38_143685_box7_Incident_Summaries_1-100
Agency: Department of War
Page 96
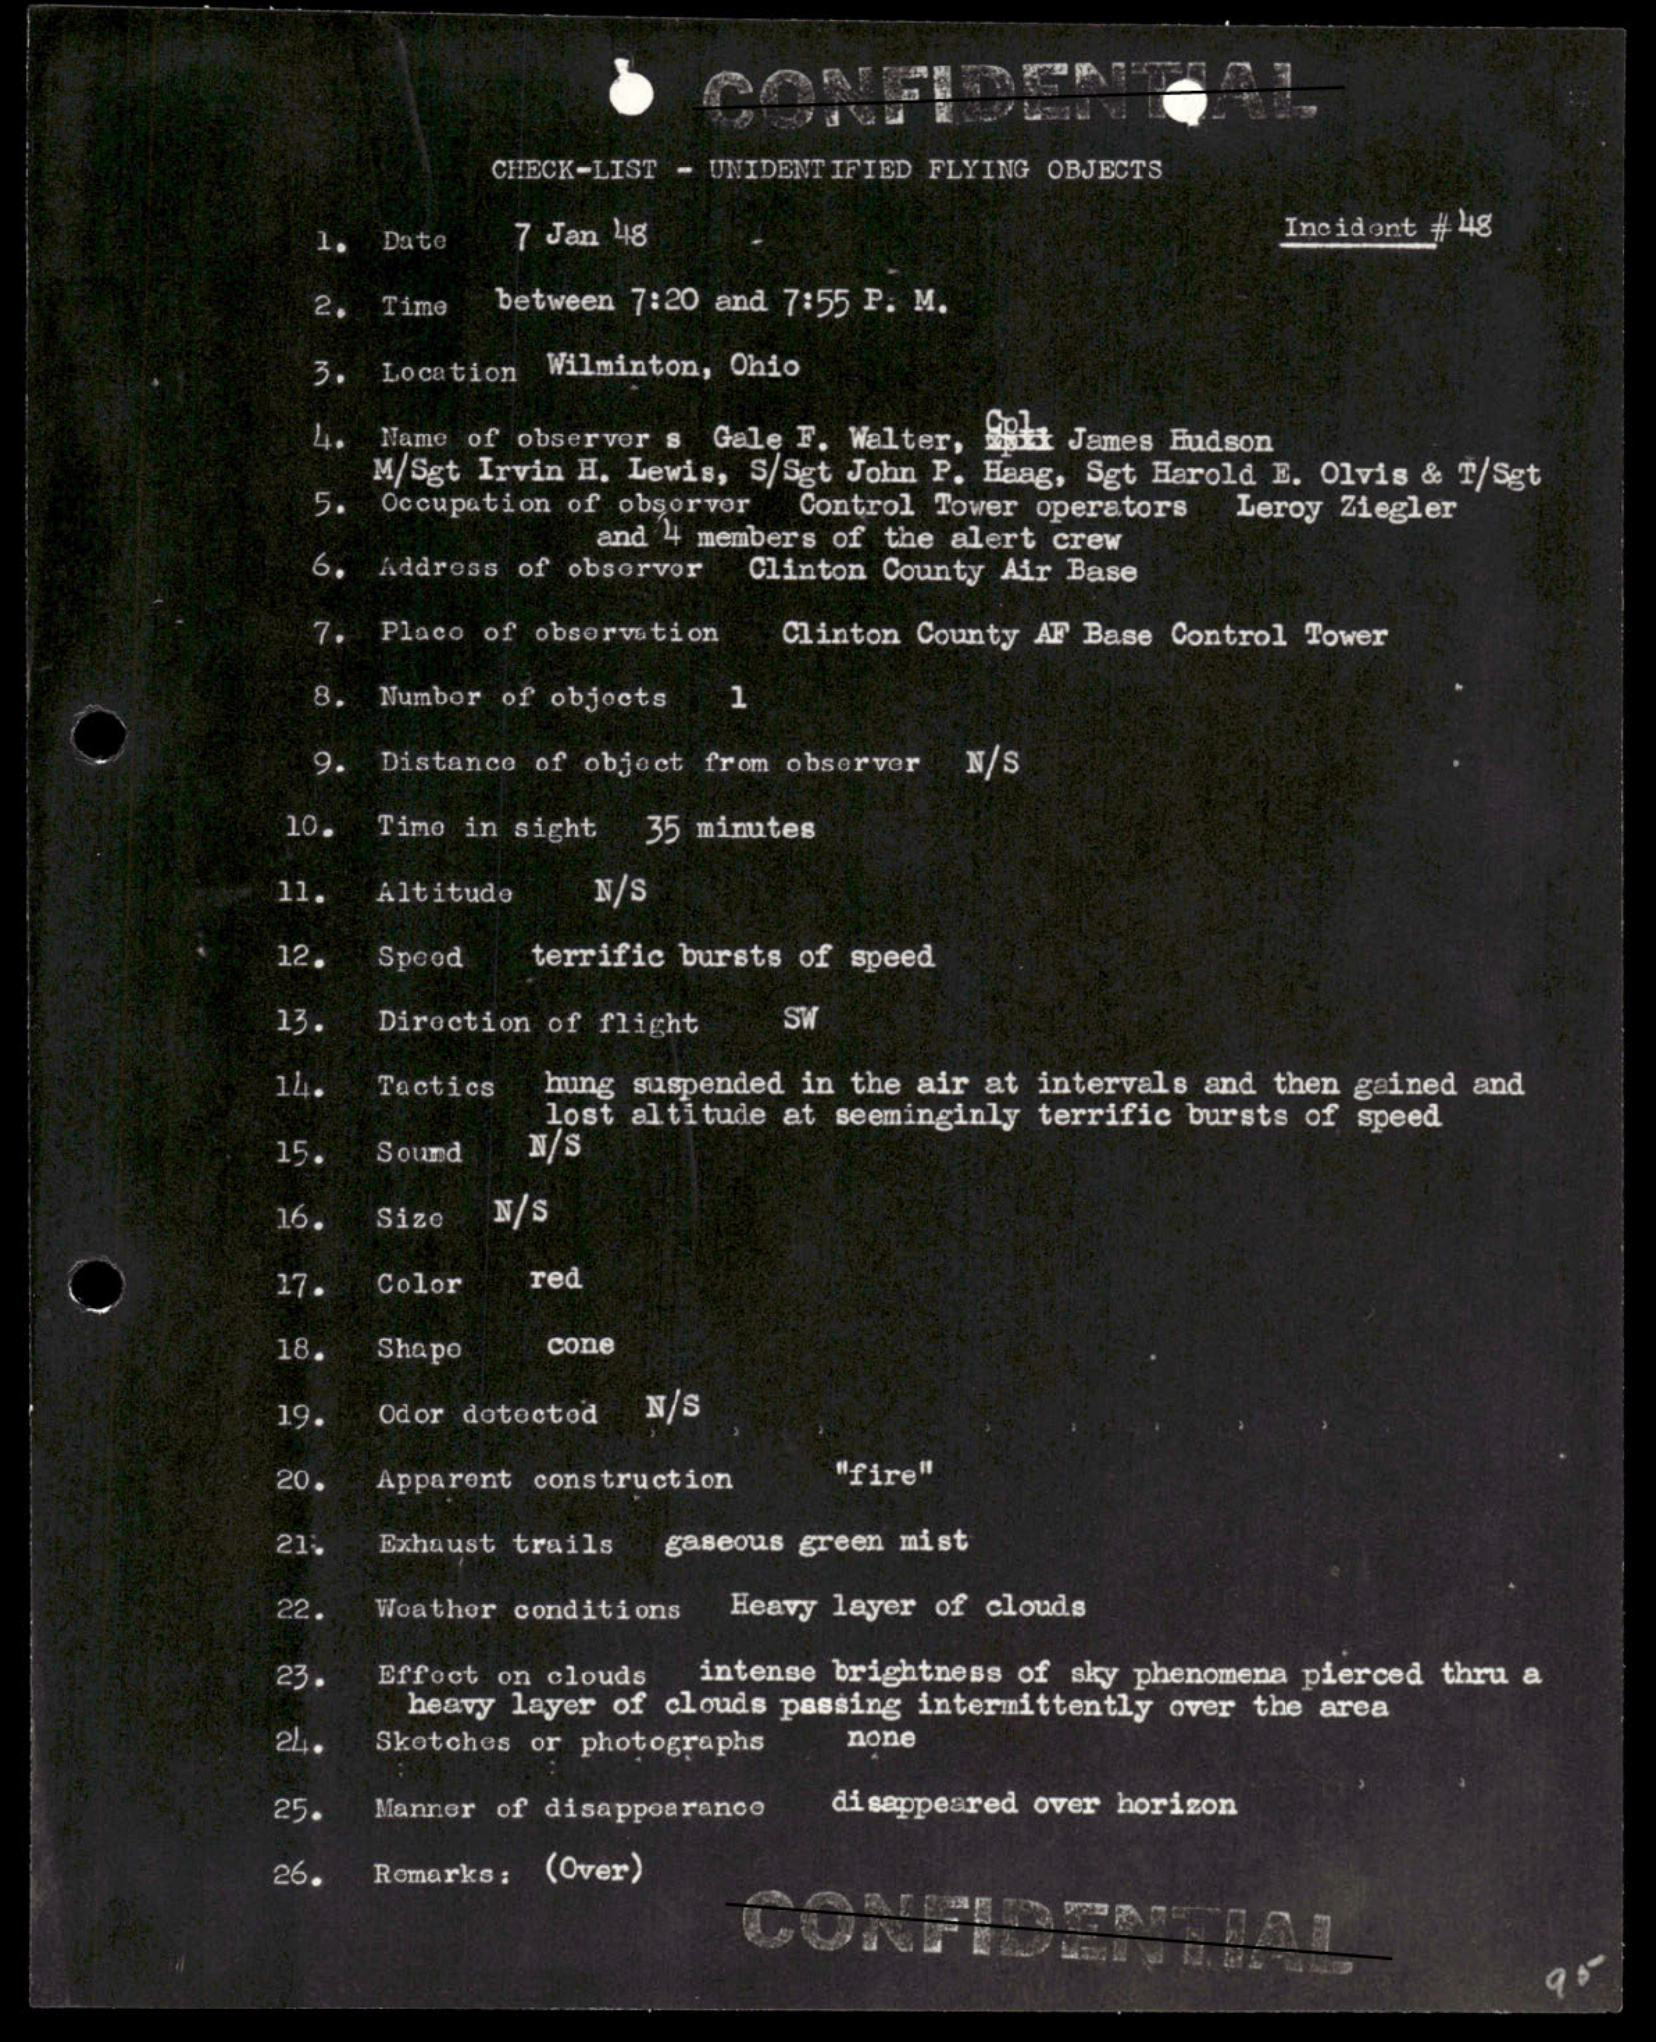